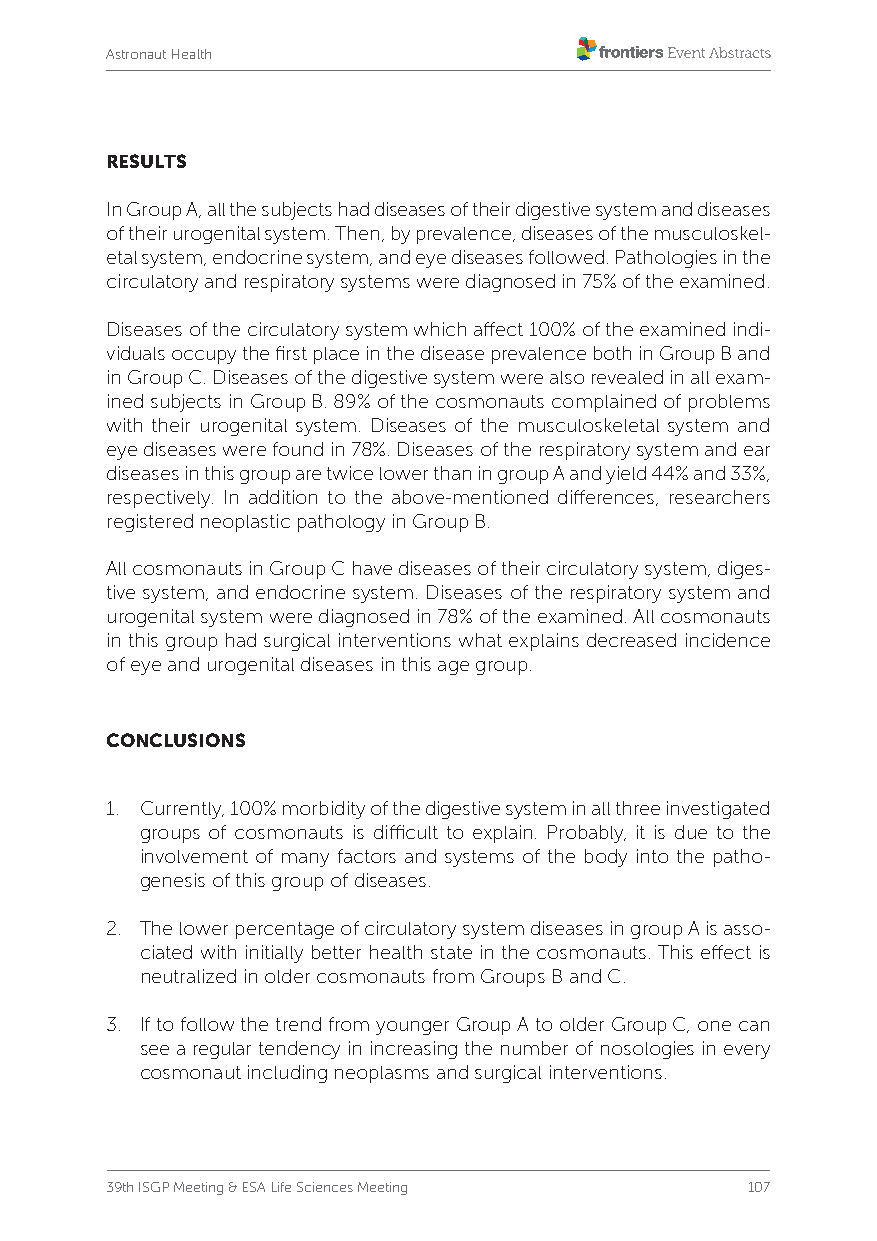
Astronaut Health
 RESULTS
 In Group A, all the subjects had diseases of their digestive system and diseases
 of their urogenital system. Then, by prevalence, diseases of the musculoskel-
 etal system, endocrine system, and eye diseases followed. Pathologies in the
 circulatory and respiratory systems were diagnosed in 75% of the examined.
 Diseases of the circulatory system which affect 100% of the examined indi-
 viduals occupy the first place in the disease prevalence both in Group B and
 in Group C. Diseases of the digestive system were also revealed in all exam-
 ined subjects in Group B. 89% of the cosmonauts complained of problems
 with their urogenital system. Diseases of the musculoskeletal system and
 eye diseases were found in 78%. Diseases of the respiratory system and ear
 diseases in this group are twice lower than in group A and yield 44% and 33%,
 respectively. In addition to the above-mentioned differences, researchers
 registered neoplastic pathology in Group B.
 All cosmonauts in Group C have diseases of their circulatory system, diges-
 tive system, and endocrine system. Diseases of the respiratory system and
 urogenital system were diagnosed in 78% of the examined. All cosmonauts
 in this group had surgical interventions what explains decreased incidence
 of eye and urogenital diseases in this age group.
 CONCLUSIONS
 1. Currently, 100% morbidity of the digestive system in all three investigated
 groups of cosmonauts is difficult to explain. Probably, it is due to the
 involvement of many factors and systems of the body into the patho-
 genesis of this group of diseases.
 2. The lower percentage of circulatory system diseases in group A is asso-
 ciated with initially better health state in the cosmonauts. This effect is
 neutralized in older cosmonauts from Groups B and C.
 3. If to follow the trend from younger Group A to older Group C, one can
 see a regular tendency in increasing the number of nosologies in every
 cosmonaut including neoplasms and surgical interventions.
 39th ISGP Meeting & ESA Life Sciences Meeting 107